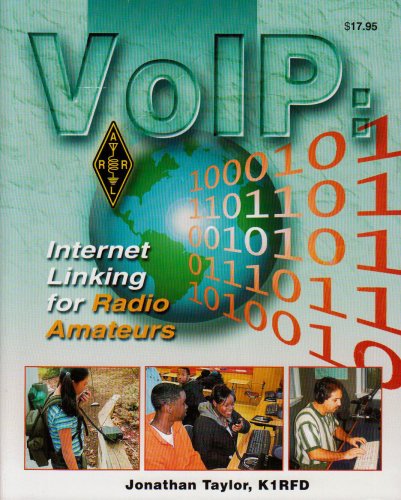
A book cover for Arrl's VoIP: Internet Linking for Radio Amateurs; Jonathan Taylor; Humor & Entertainment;